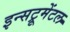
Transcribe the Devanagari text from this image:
इन्सट्रूमेंटल